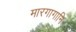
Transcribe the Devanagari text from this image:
मारगागानि